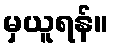
မှယူရန်။